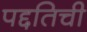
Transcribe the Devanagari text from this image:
पद्दतिची